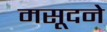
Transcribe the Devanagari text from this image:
मसूदने